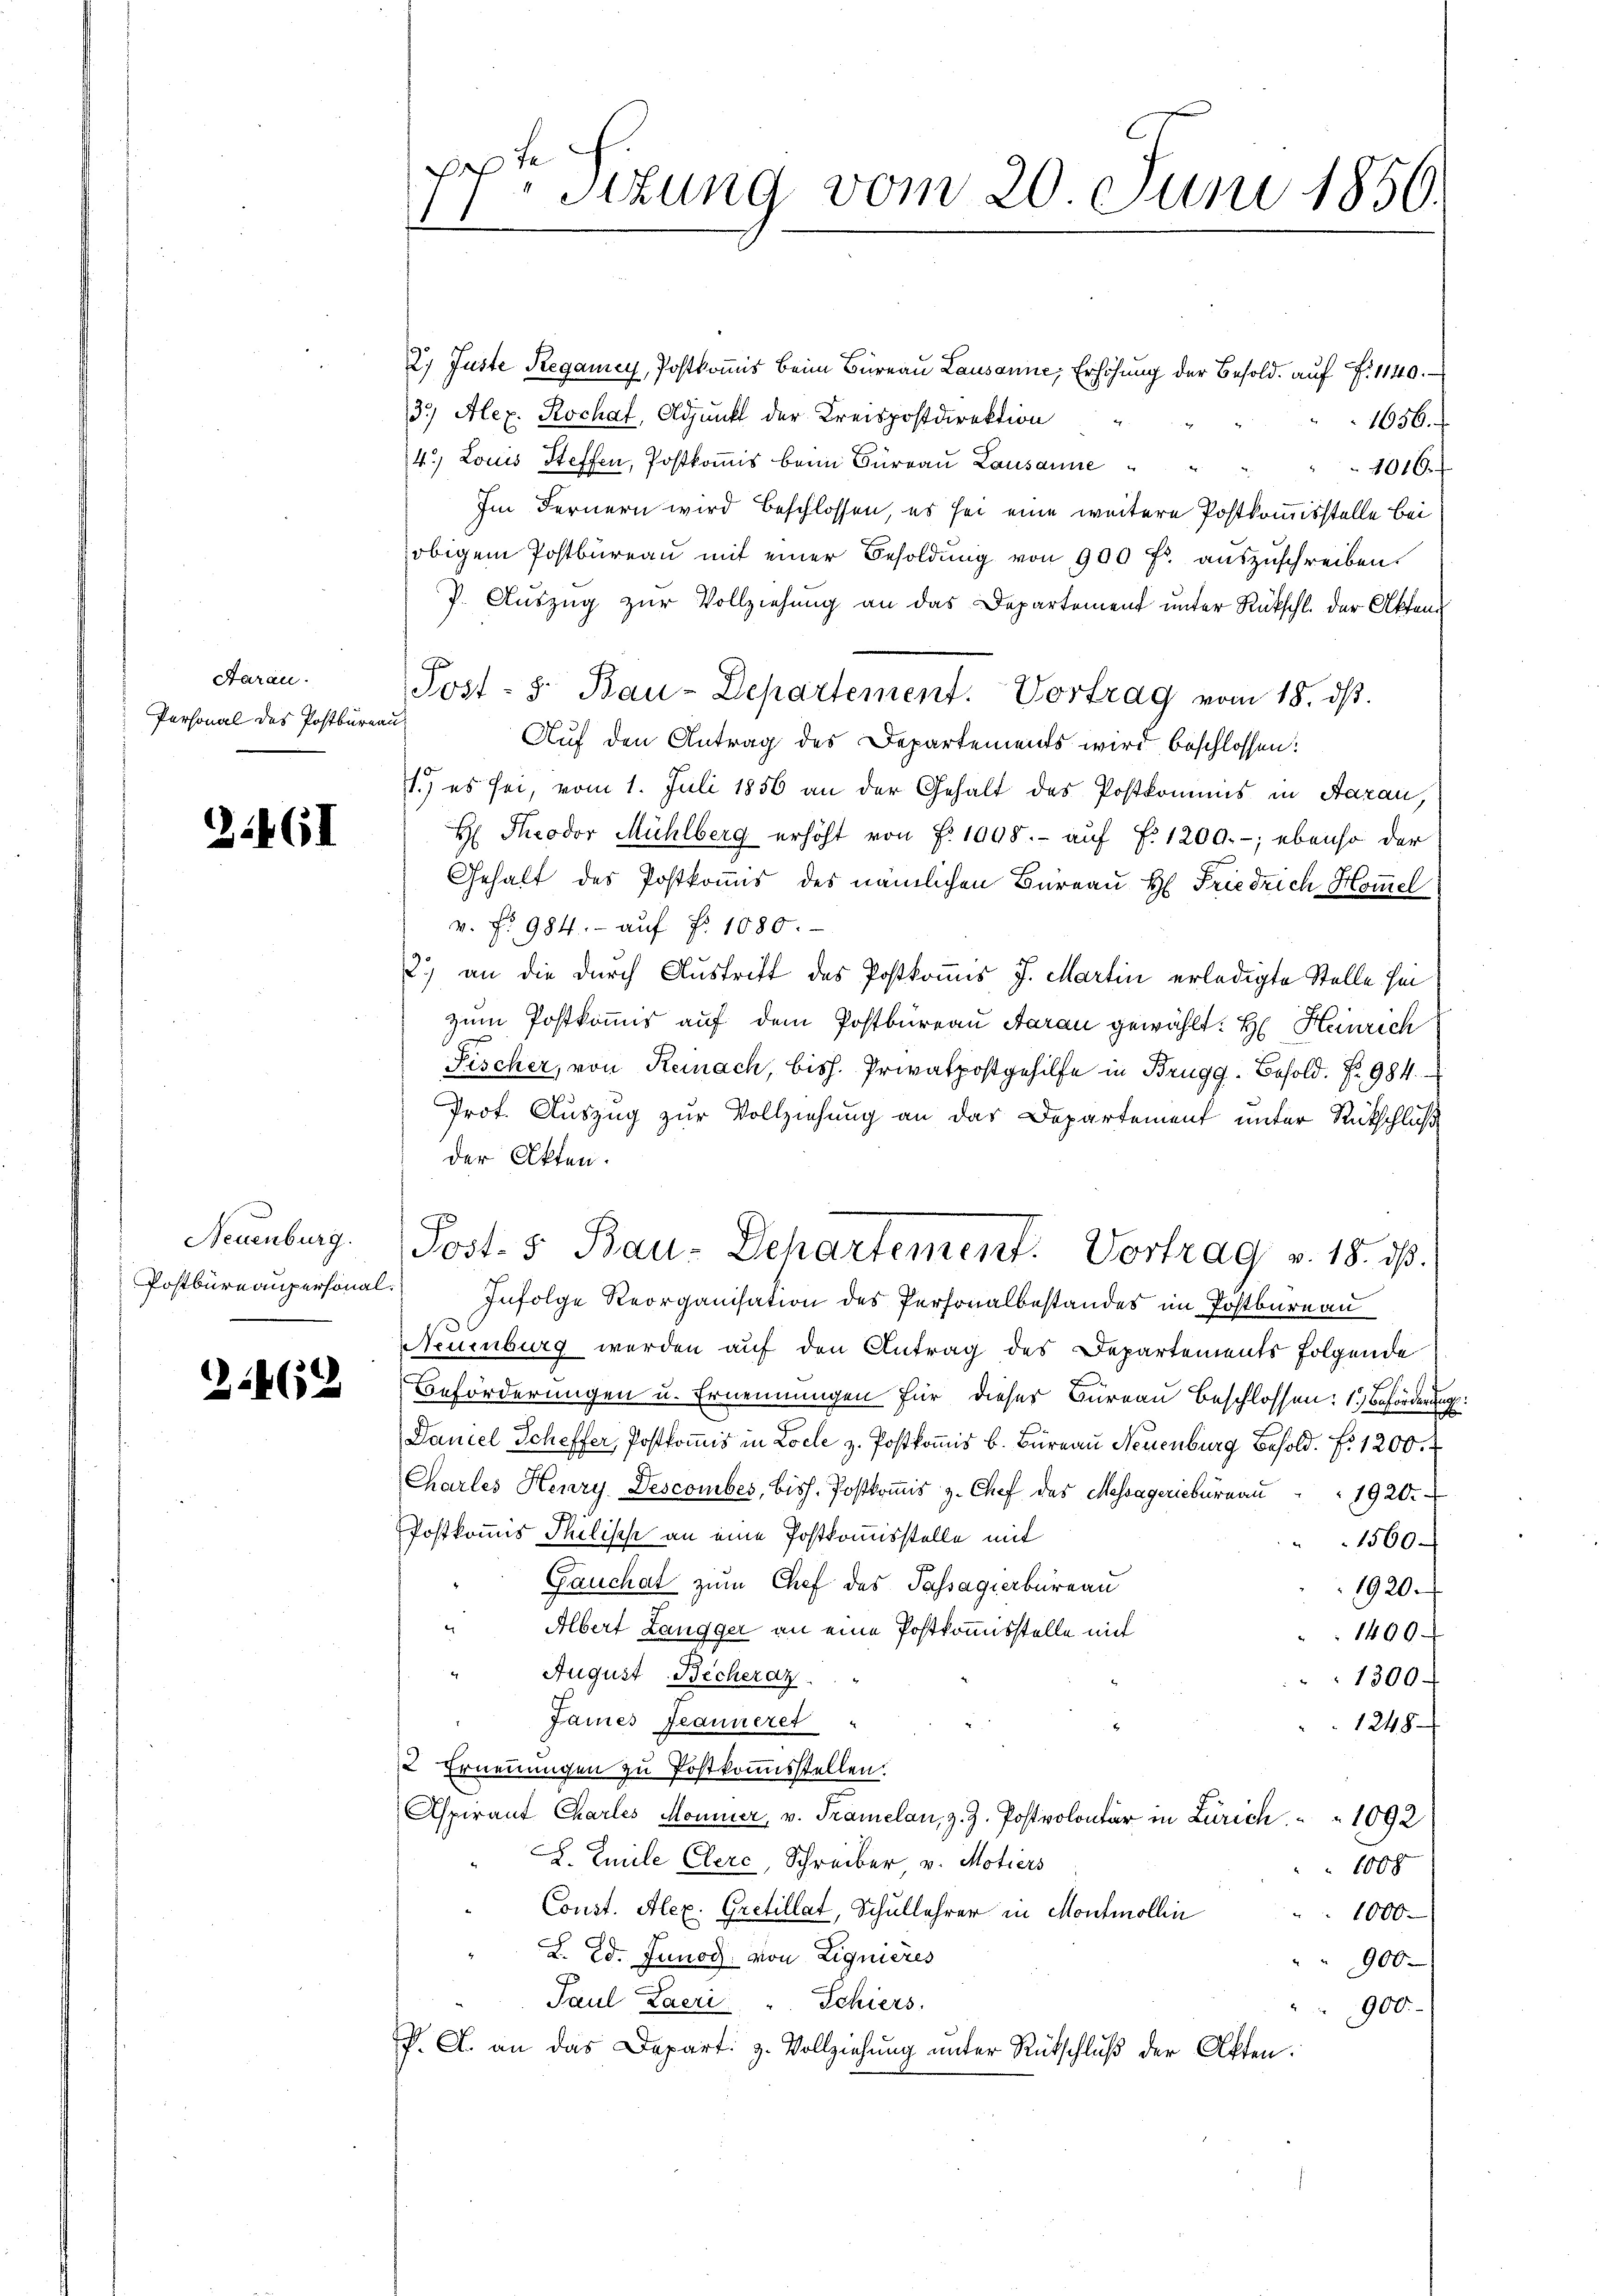
Aarau
Personal des Postbureau

34GI

Neuenburg.

21469

2. Juste Regamey, Postkomis beim Büreau Lausanne, Erhöhung der Besold. auf §. 1140.
3.) Alex. Rochat, Adjunkt der Kreispostdirektion
1656.
14.) Louis Steffen, Postkomis beim Büreau Lausanne
1016.
Im Fernern wird beschlossen, es sei eine weitere Postkommisstelle bei
obigem Postbureau mit einer Besoldung von 900 fl. auszuschreiben.
J. Auszug zur Vollziehung an das Departement unter Rückschl. der Akten¬
Post- 8. Bau-Departement. Vortrag vom 18. ds.
Auf den Antrag des Departements wird beschlossen:
1.) es sei, vom 1. Juli 1856 an der Gehalt des Postkommis in Aarau,
H: Theodor Mühlberg erhöht von f. 1095.- aŭf f. 1200.-, ebenso der
Gehalt des Postkommis des nämlichen Büreau H Friedrich Homel
v. fr. 984.- auf fr. 1080.
2.) an die durch Austritt des Postkomis J. Martin erledigte Stelle hin
zum Postkommis auf dem Postbüreau daran gewählt: H. Heinrich
Fischer, von Reinach, bish. Privatpostgehilfe in Brugg, Besold. Nr. 984.
Prof. Auszug zur Vollziehung an das Departement unter Rückschluß
der Akten.
Post- 5. Bau-Departement. Vortrag v. 18. ds.
Postbüreaŭpersonal. Infolge Reorganisation des Personalbestandes im Postbureau
Neuenburg werden auf den Antrag des Departements folgende
J
Beförderungen u. Ernennungen für dieser Büreau beschlossen: 1.) Beförderung
Daniel Scheffer, Postkommis in Loche z. Postkomis b. Büreau Neuenburg Besold. f. 1200.
Chartes Henry Descomber, biss. Postkoṁis z. Chef des Messageriebüreaŭ " " 1920.
Postkommis Philische an eine Postkomisstelle mit
1560.
Gauchat zum Chef des Passagierbureau
1920.
d
Albert Langger an eine Postkommisstelle mit
1400
August Becheraz ..  ..
1300
James Jeanneret
1248
2 Ernennungen zu Postkommisstellen.
Aspirant Charles Monner, v. Tramelan, z. Z. Postvolontär in Zürich " " 1092
2. Emile Clerc, Schreiber v. Motiers
1008
Const. Alex. Gretillat, Schullehrer in Montmollin
1000
L. Ed. Junod, von Lignieres
900.
Paul Laeri " Schiers.
900
P. A. an das Depart. z. Vollziehung unter Rütschluß der Akten.

e
Sitzung vom 20. Juni 1850.